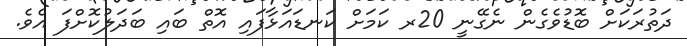
ދަތުރަކަށް ބޮޑުވެގެން ނެގޭނީ 20ރ ކަމަށް ކަނޑައަޅާފައި އޮތް ބައި ބަދަލުކޮށްފަ އެވެ.